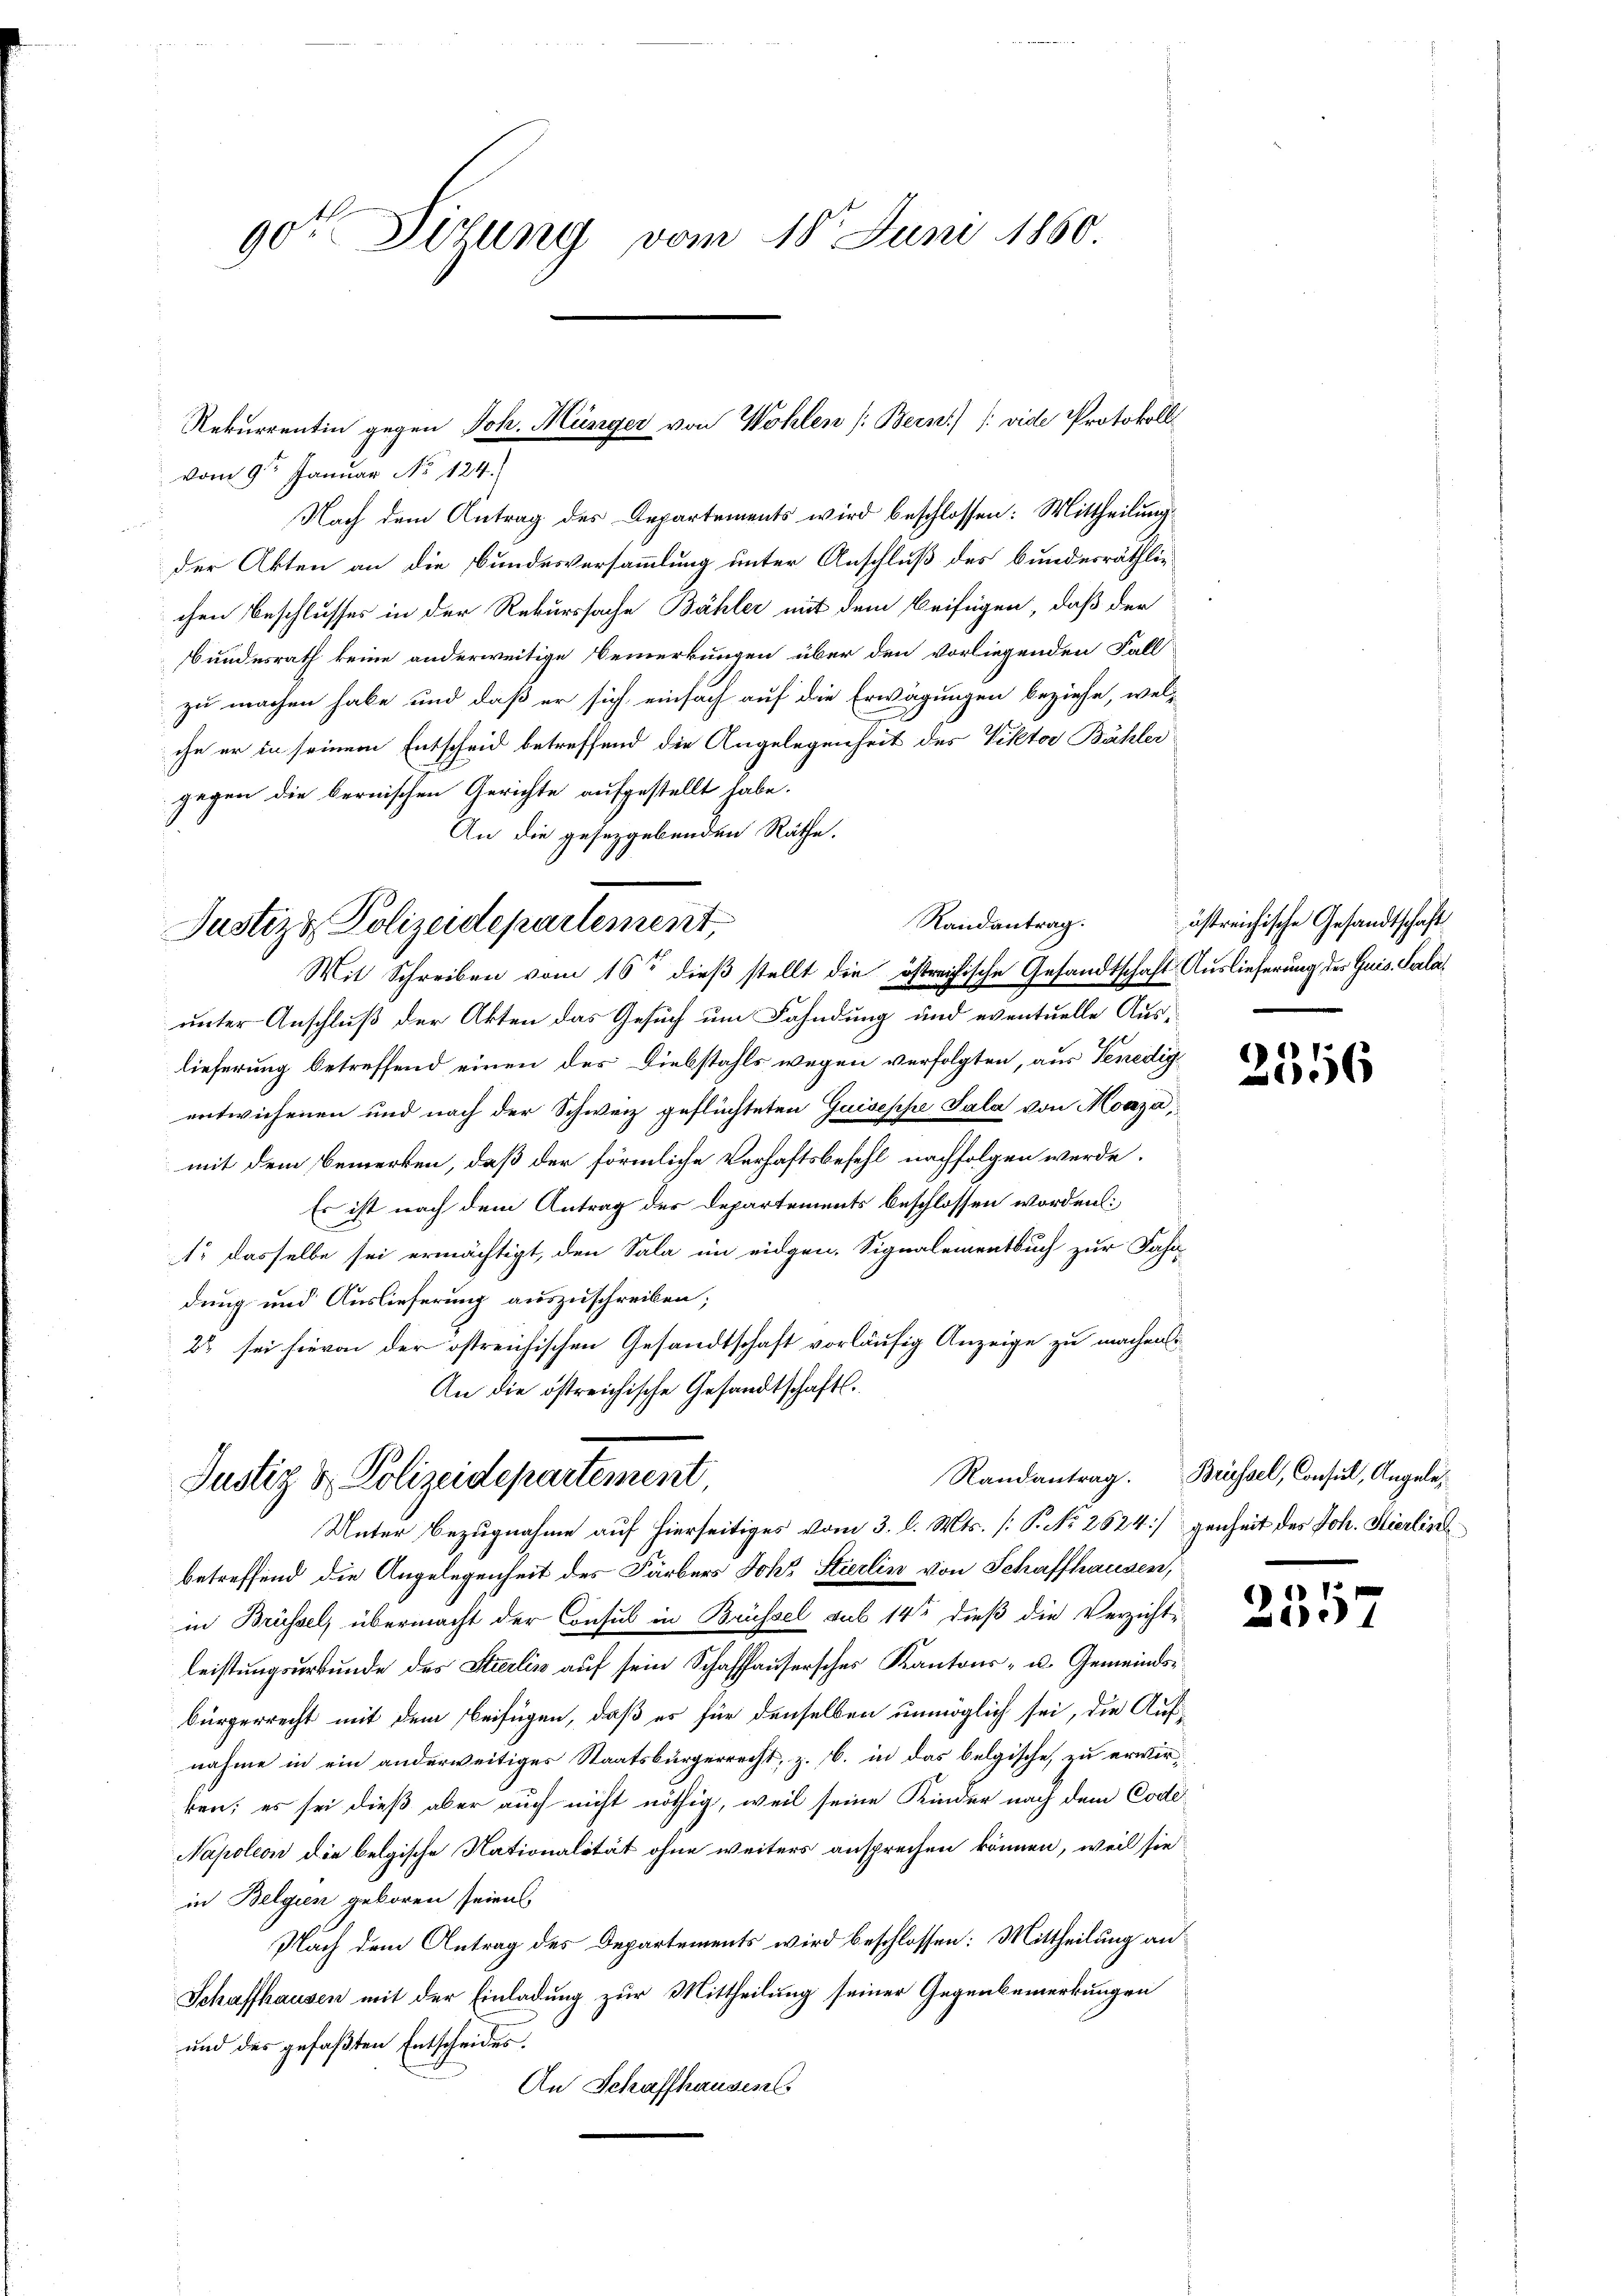
90t Titung vom 18. Juni 1860

vom 9ten Januar No 124.
Nach dem Antrag des Departements wird beschlossen: Mittheilung
der Akten an die Bundesversammlung unter Anschluß des bundesräthlichen Beschlusses in der Rekurssache Bähler mit dem Beifügen, daß der
Bundesrath keine anderweitige Bemerkungen über den vorliegenden Fall
zu machen habe und daß er sich einfach auf die Erwägungen beziehe, welc
che er in seinem Entscheid betreffend die Angelegenheit des Viktor Bähler
gegen die bernischen Gerichte aufgestellt habe.
An die gesetzgebenden Räthe.
Mit Schreiben vom 16ten dieß stellt die östreichische Gesandtschaft Auslieferung des Guis. Salaunter Anschluß der Akten das Gesuch um Fahndung und eventuelle Auslieferung betreffend einen des Diebstahls wegen verfolgten, aus Venedig
entwichenen und nach der Schweiz geflüchteten Guiseppe Sala von Maja,
mit dem Bemerken, daß der förmliche Verhaftsbefehl nachfolgen werde.
Es ist nach dem Antrag des Departements beschlossen worden:
1. dasselbe sei ermächtigt, den Sala im eidgen. Signalementbuch zur Fahr
dung und Auslieferung auszuschreiben;
22 sei hievon der östreichischen Gesandtschaft vorläufig Anzeige zu machen
An die östreichische Gesandtschaft.
Justiz & Polizeidepartement.
Unter Bezugnahme auf hierseitiges vom 3. l. Mts. [P. No 2624]genheit des Joh. Hierlins
betreffend die Angelegenheit des Färbers Joh. Stierlin von Schaffhausen,
in Brüssel, übermacht der Consul in Brüssel sub 14 dieß die Verzicht-
leistungsurkunde des Stierlin auf sein Schaffhausersches Kantons- u. Gemeindsbürgerrecht mit dem Beifügen, daß es für denselben unmöglich sei, die Aufnahme in ein anderweitiges Staatsbürgerrecht, z. B. in das belgische, zu erwirken; es sei dieß aber auch nicht nöthig, weil seine Kinder nach dem Code
Napoleon die belgische Nationalität ohne weiters ansprechen können, weil sie
in Belgien geboren seien
Nach dem Antrag des Departements wird beschlossen: Mittheilung an
Schaffhausen mit der Einladung zur Mittheilung seiner Gegenbemerkungen
und des gefaßten Entscheides.
An Schaffhausen

Justiz- Polizeidepartement,

Rekurrentin gegen Joh. Münger von Wohlen /: Bern) /: vide Protokoll

Randantrag.

östreichische Gesandtschaft

Randantrag. Brüssel, Consul, Angele¬

.
6

611.
97